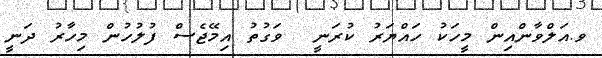
ވ.އަލްވާންއިން މީހަކު ހައްޔަރު ކުރަނީ  ވަގުތު އިމޭޖެސް ފުލުހުން މިހާރު ދަނީ